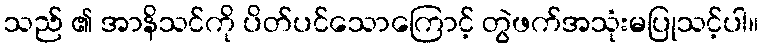
သည် ၏ အာနိသင်ကို ပိတ်ပင်သောကြောင့် တွဲဖက်အသုံးမပြုသင့်ပါ။